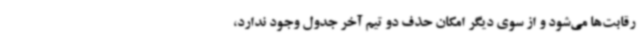
رقابت‌ها می‌شود و از سوی دیگر امکان حذف دو تیم آخر جدول وجود ندارد،